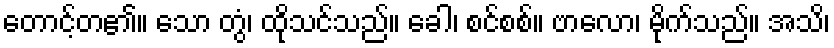
တောင့်တ၏။ သော တွံ၊ ထိုသင်သည်။ ခေါ၊ စင်စစ်။ ဗာလော၊ မိုက်သည်။ အသိ၊